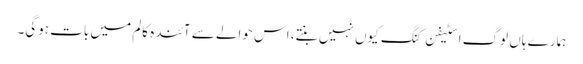
ہمارے ہاں لوگ اسٹیفن کنگ کیوں نہیں بنتے، اس حوالے سے آئندہ کالم میں بات ہوگی۔